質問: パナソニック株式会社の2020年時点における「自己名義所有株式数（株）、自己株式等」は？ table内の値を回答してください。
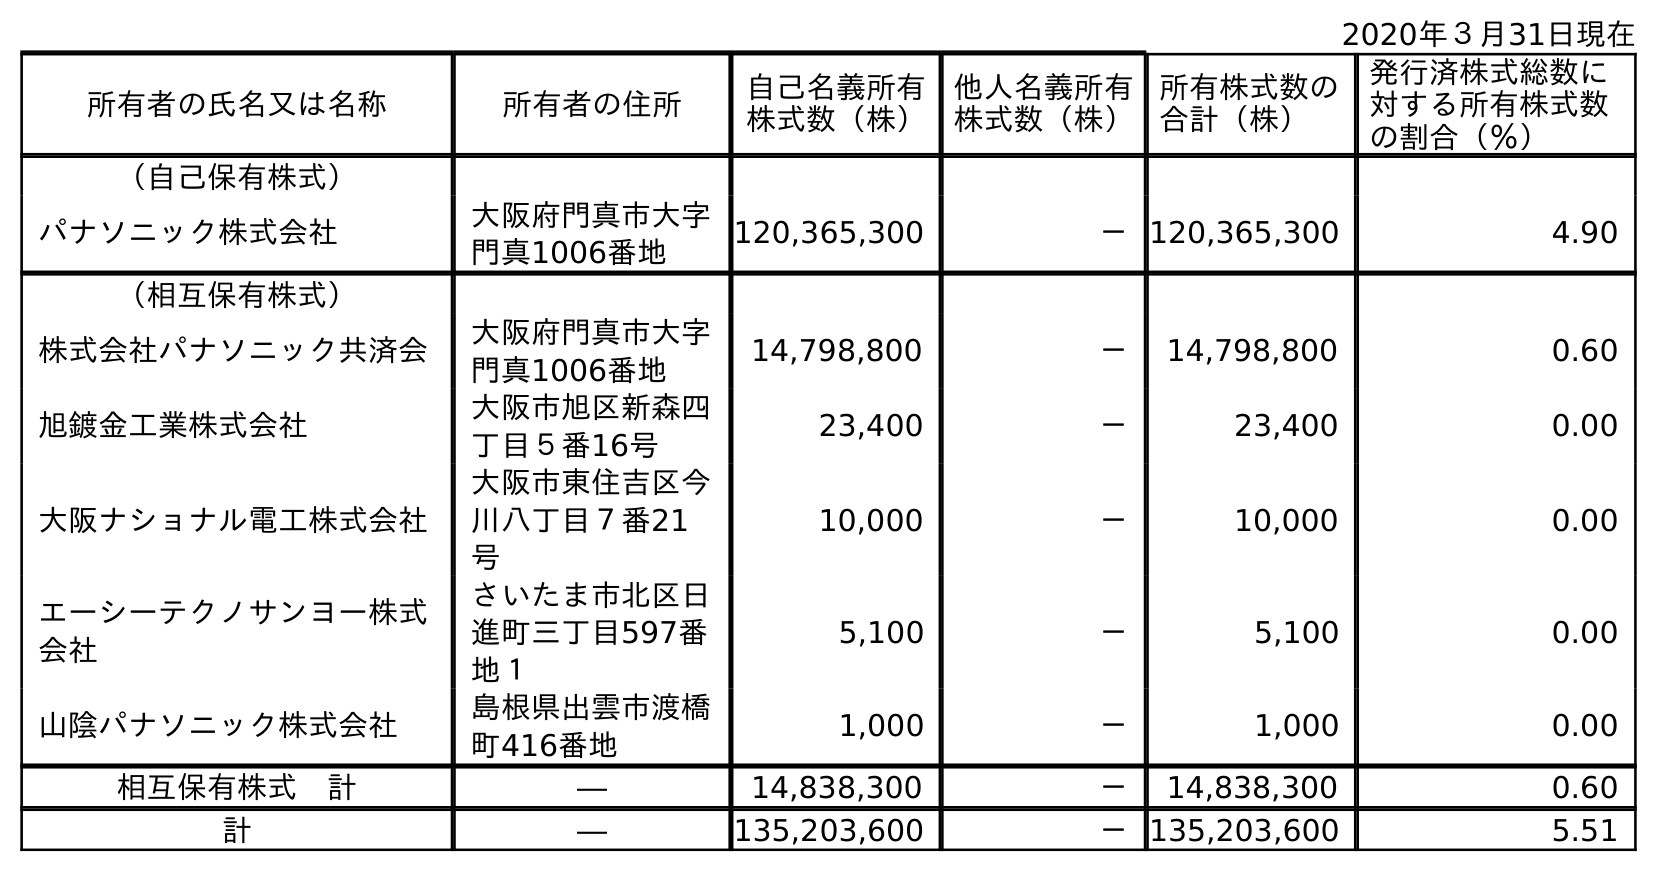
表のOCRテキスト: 2020年３月31日現在 所有者の氏名又は名称 所有者の住所 自己名義所有 株式数（株） 他人名義所有 株式数（株） 所有株式数の 合計（株） 発行済株式総数に 対する所有株式数 の割合（％） （自己保有株式） パナソニック株式会社 大阪府門真市大字 門真1006番地 120,365,300 －120,365,300 4.90 （相互保有株式） 株式会社パナソニック共済会 大阪府門真市大字 門真1006番地 14,798,800 － 14,798,800 0.60 旭鍍金工業株式会社 大阪市旭区新森四 丁目５番16号 23,400 － 23,400 0.00 大阪ナショナル電工株式会社 大阪市東住吉区今 川八丁目７番21 号 10,000 － 10,000 0.00 エーシーテクノサンヨー株式 会社 さいたま市北区日 進町三丁目597番 地１ 5,100 － 5,100 0.00 山陰パナソニック株式会社 島根県出雲市渡橋 町416番地 1,000 － 1,000 0.00 相互保有株式 計 ― 14,838,300 － 14,838,300 0.60 計 ― 135,203,600 －135,203,600 5.51
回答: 135,203,600